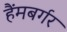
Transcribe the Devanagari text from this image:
हैंमबर्गर